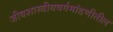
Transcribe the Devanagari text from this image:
जीवशास्त्रीयवर्गमांडणीतील